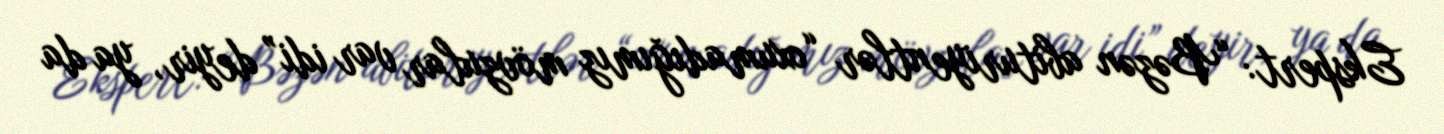
Ekspert: “Bəzən abituriyentlər “oxumadığımız mövzular var idi” deyir, ya da